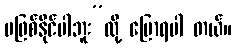
မဖြစ်နိုင်ပါဘူး”လို့ ပြောရပါ တယ်။